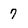
Character: 7